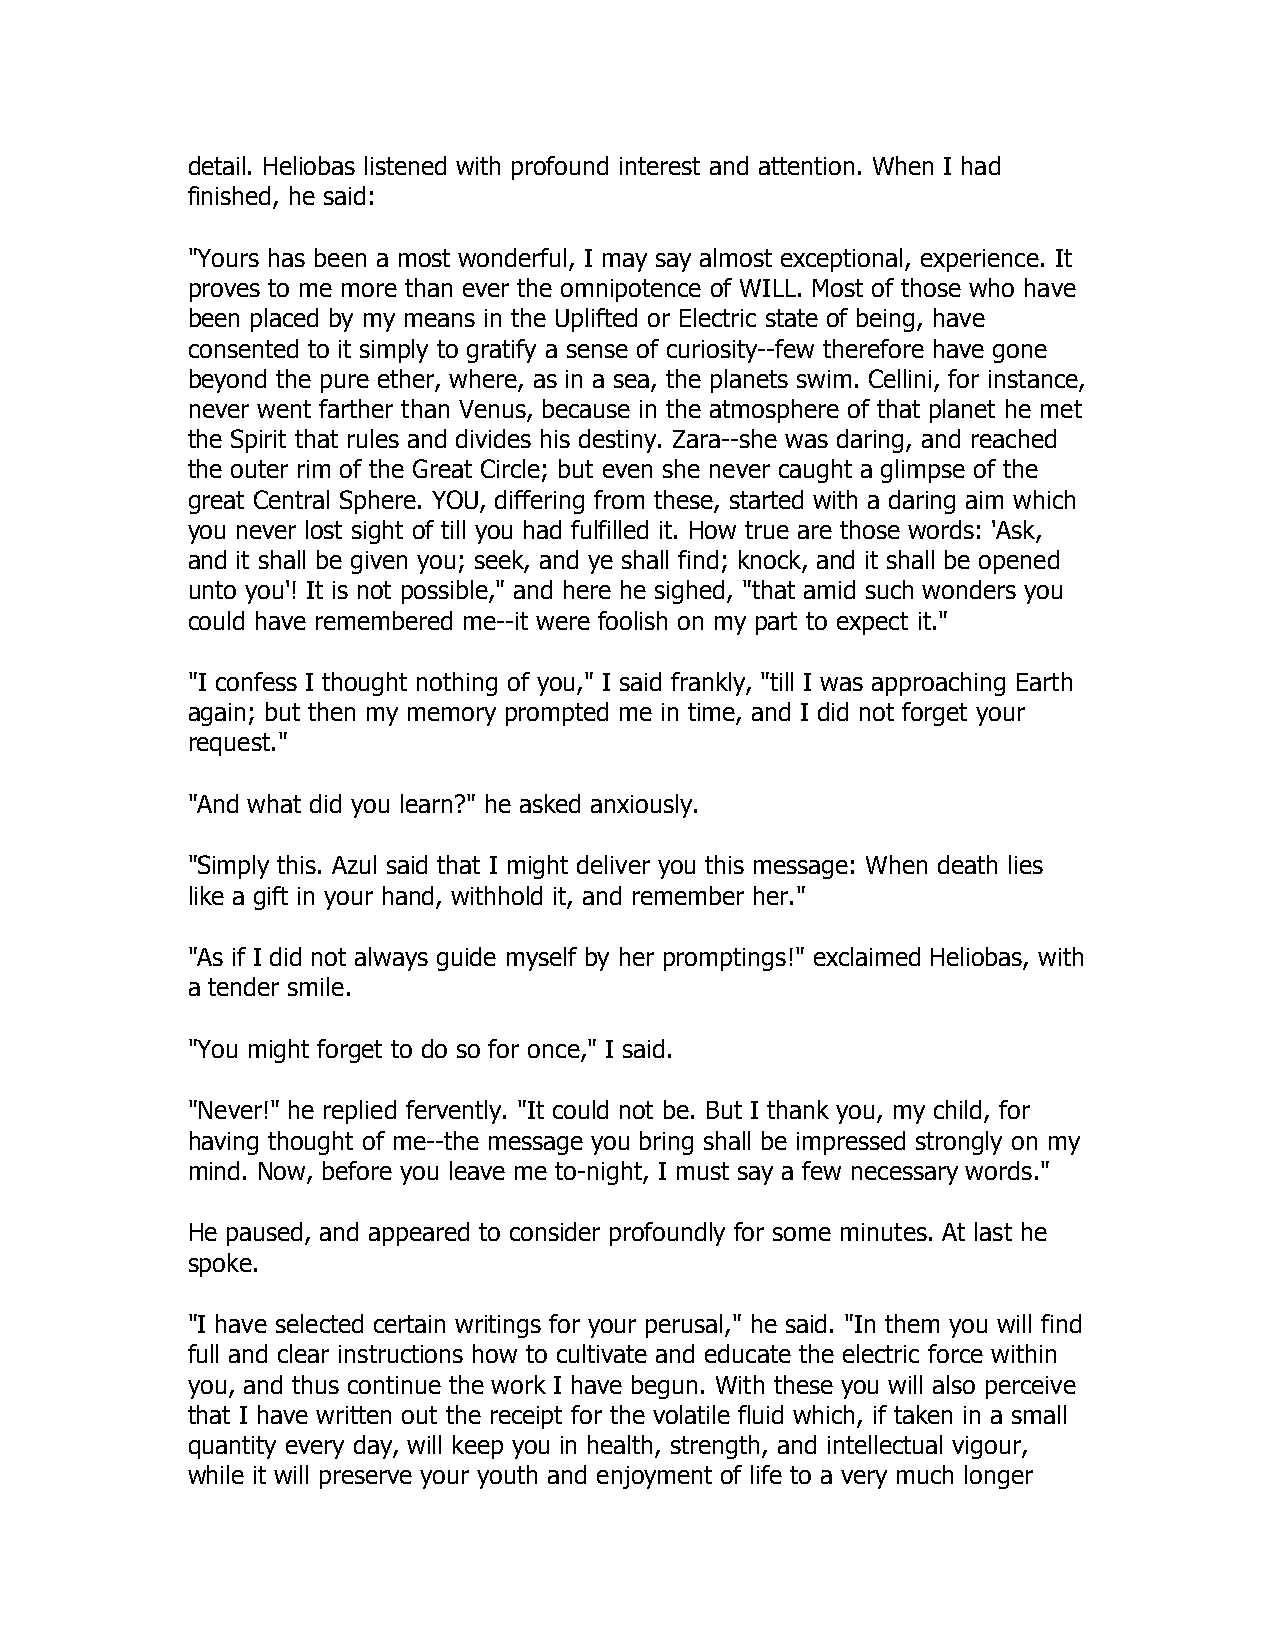
detail. Heliobas listened with profound interest and attention. When I had
 finished, he said:
 "Yours has been a most wonderful, I may say almost exceptional, experience. It
 proves to me more than ever the omnipotence of WILL. Most of those who have
 been placed by my means in the Uplifted or Electric state of being, have
 consented to it simply to gratify a sense of curiosity--few therefore have gone
 beyond the pure ether, where, as in a sea, the planets swim. Cellini, for instance,
 never went farther than Venus, because in the atmosphere of that planet he met
 the Spirit that rules and divides his destiny. Zara--she was daring, and reached
 the outer rim of the Great Circle; but even she never caught a glimpse of the
 great Central Sphere. YOU, differing from these, started with a daring aim which
 you never lost sight of till you had fulfilled it. How true are those words: 'Ask,
 and it shall be given you; seek, and ye shall find; knock, and it shall be opened
 unto you'! It is not possible," and here he sighed, "that amid such wonders you
 could have remembered me--it were foolish on my part to expect it."
 "I confess I thought nothing of you," I said frankly, "till I was approaching Earth
 again; but then my memory prompted me in time, and I did not forget your
 request."
 "And what did you learn?" he asked anxiously.
 "Simply this. Azul said that I might deliver you this message: When death lies
 like a gift in your hand, withhold it, and remember her."
 "As if I did not always guide myself by her promptings!" exclaimed Heliobas, with
 a tender smile.
 "You might forget to do so for once," I said.
 "Never!" he replied fervently. "It could not be. But I thank you, my child, for
 having thought of me--the message you bring shall be impressed strongly on my
 mind. Now, before you leave me to-night, I must say a few necessary words."
 He paused, and appeared to consider profoundly for some minutes. At last he
 spoke.
 "I have selected certain writings for your perusal," he said. "In them you will find
 full and clear instructions how to cultivate and educate the electric force within
 you, and thus continue the work I have begun. With these you will also perceive
 that I have written out the receipt for the volatile fluid which, if taken in a small
 quantity every day, will keep you in health, strength, and intellectual vigour,
 while it will preserve your youth and enjoyment of life to a very much longer